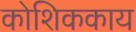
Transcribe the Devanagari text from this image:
कोशिककाय